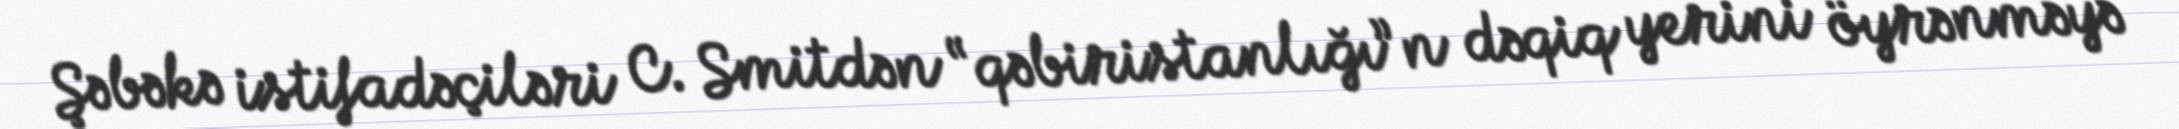
Şəbəkə istifadəçiləri C. Smitdən “qəbiristanlığı”n dəqiq yerini öyrənməyə